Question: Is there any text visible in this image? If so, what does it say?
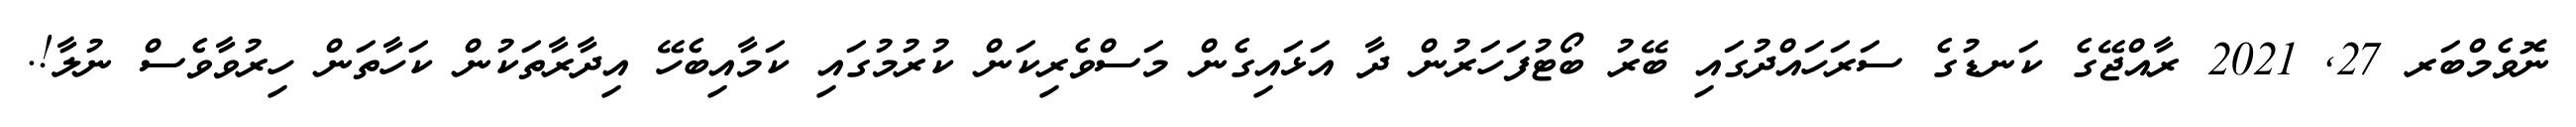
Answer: ނޮވެމްބަރ 27, 2021 ރާއްޖޭގެ ކަނޑުގެ ސަރަހައްދުގައި ބޭރު ބޯޓުފަހަރުން ދާ އަޅައިގެން މަސްވެރިކަން ކުރުމުގައި ކަމާއިބެހޭ އިދާރާތަކުން ކަހާތަން ހިރުވާވެސް ނުލާ!.